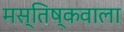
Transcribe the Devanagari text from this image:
मस्तिष्कवाला